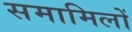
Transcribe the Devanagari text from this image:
समामिलों